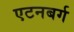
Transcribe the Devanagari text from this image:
एटनबर्ग